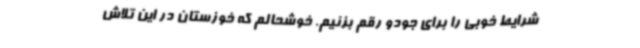
شرایط خوبی را برای جودو رقم بزنیم. خوشحالم که خوزستان در این تلاش‌